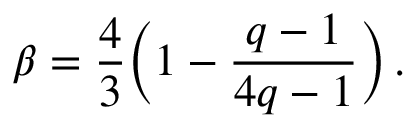
\beta = \frac 4 3 \biggl ( 1 - \frac { q - 1 } { 4 q - 1 } \biggr ) \, .